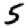
Digit: 5